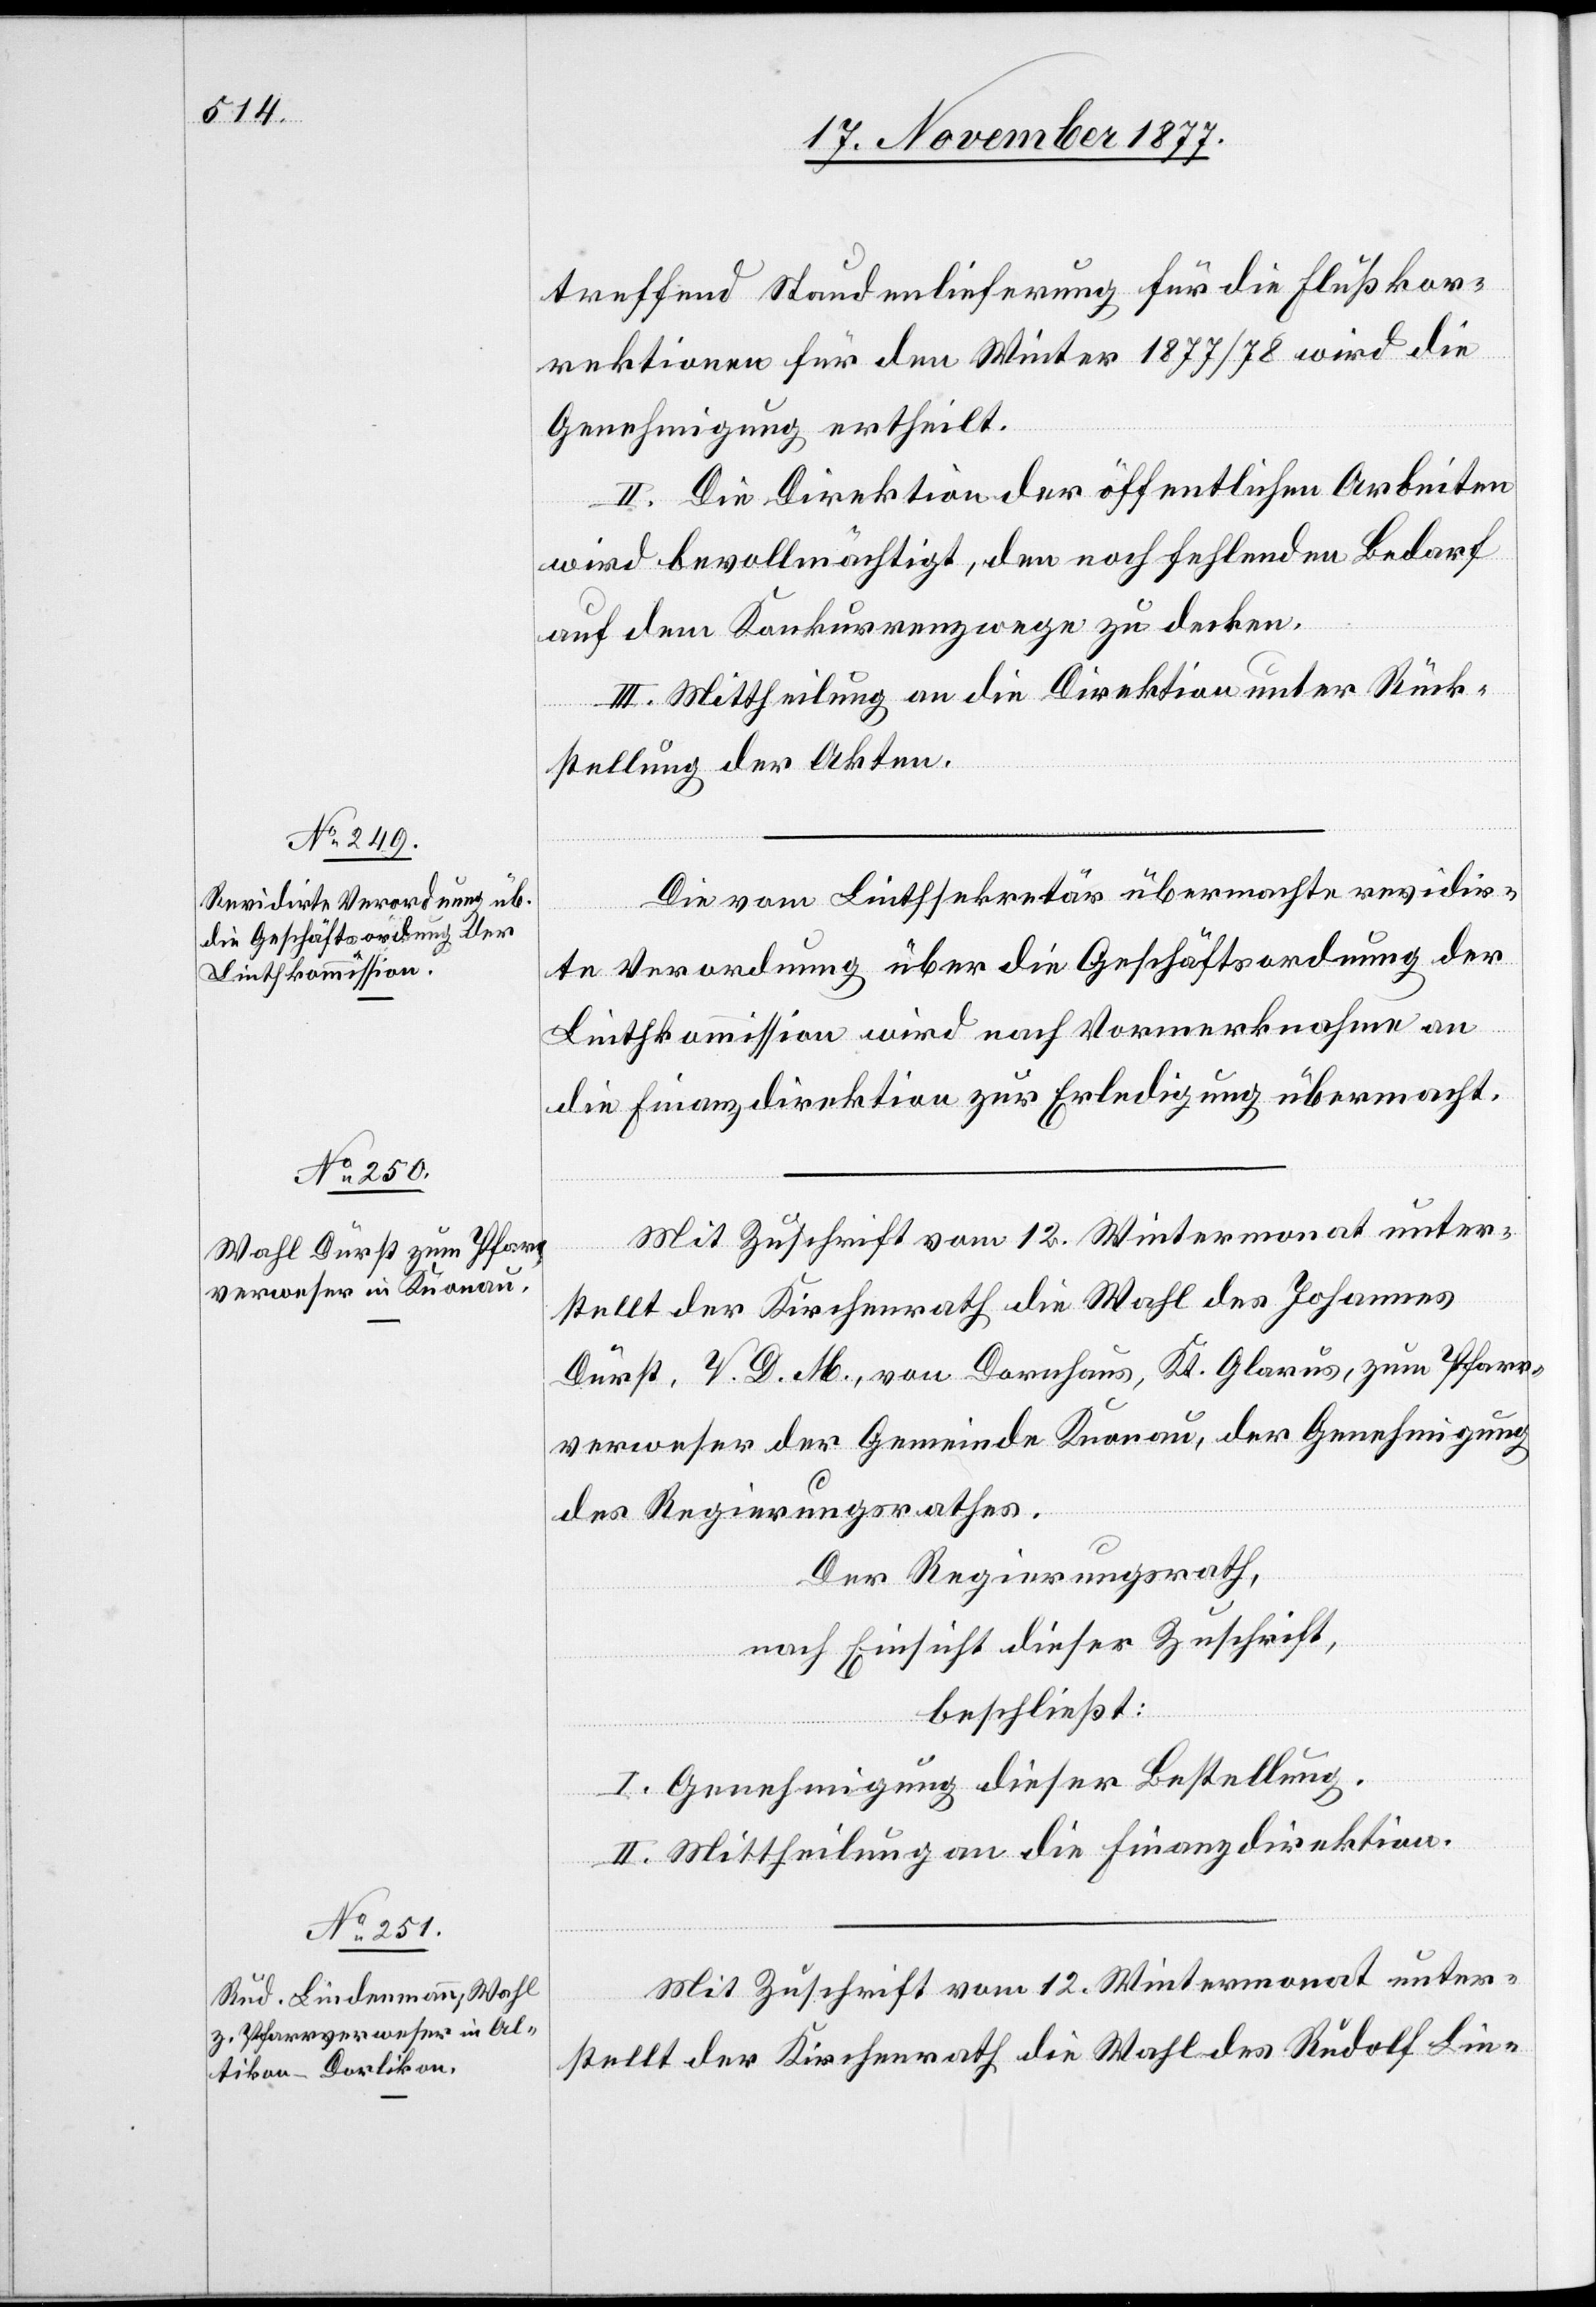
treffend Staudenlieferung für die Flußkor¬
rektionen für den Winter 1877/78 wird die
Genehmigung ertheilt.
II. Die Direktion der öffentlichen Arbeiten
wird bevollmächtigt, den noch fehlenden Bedarf
auf dem Konkurrenzwege zu decken.
III. Mittheilung an die Direktion unter Rück¬
stellung der Akten.
Die vom Linthsekretär übermachte revidir¬
te Verordnung über die Geschäftsordnung der
Linthkommission wird nach Vormerknahme an
die Finanzdirektion zur Erledigung übermacht.
Mit Zuschrift vom 12. Wintermonat unter¬
stellt der Kirchenrath die Wahl des Johannes
Dürst, V. D. M., von Dornhaus, Kt. Glarus, zum Pfarr¬
verweser der Gemeinde Knonau, der Genehmigung
des Regierungsrathes.
Der Regierungsrath,
nach Einsicht dieser Zuschrift,
beschließt:
I. Genehmigung dieser Bestellung.
II. Mittheilung an die Finanzdirektion.
Mit Zuschrift vom 12. Wintermonat unter¬
stellt der Kirchenrath die Wahl des Rudolf Lin-